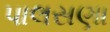
પાલસણા